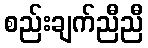
စည်းချက်ညီညီ